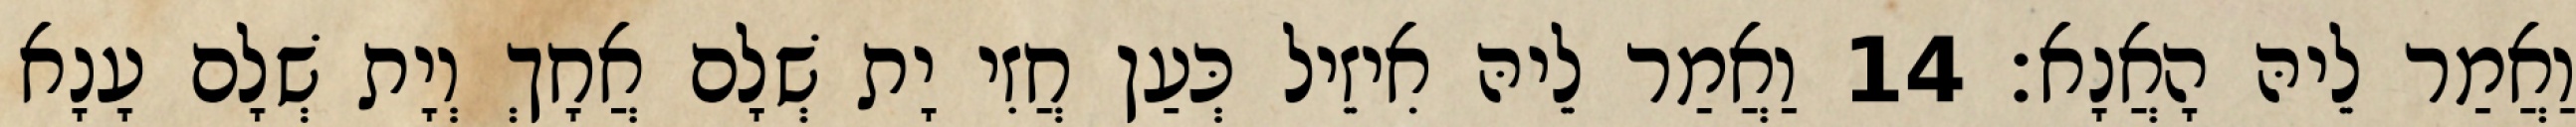
וַאֲמַר לֵיהּ הָאֲנָא׃ 14 וַאֲמַר לֵיהּ אִיזֵיל כְּעַן חֲזִי יָת שְׁלָם אֲחָךְ וְיָת שְׁלָם עָנָא